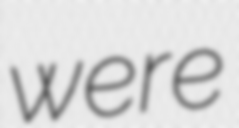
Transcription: were